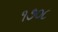
૧૭૦૮